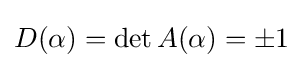
D(\alpha )=\det A(\alpha )=\pm 1